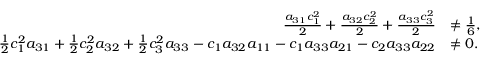
\begin{array} { r l } { \frac { a _ { 3 1 } c _ { 1 } ^ { 2 } } { 2 } + \frac { a _ { 3 2 } c _ { 2 } ^ { 2 } } { 2 } + \frac { a _ { 3 3 } c _ { 3 } ^ { 2 } } { 2 } } & { \ne \frac { 1 } { 6 } , } \\ { \frac { 1 } { 2 } c _ { 1 } ^ { 2 } a _ { 3 1 } + \frac { 1 } { 2 } c _ { 2 } ^ { 2 } a _ { 3 2 } + \frac { 1 } { 2 } c _ { 3 } ^ { 2 } a _ { 3 3 } - c _ { 1 } a _ { 3 2 } a _ { 1 1 } - c _ { 1 } a _ { 3 3 } a _ { 2 1 } - c _ { 2 } a _ { 3 3 } a _ { 2 2 } } & { \ne 0 . } \end{array}